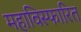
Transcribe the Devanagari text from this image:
महाविस्फारित